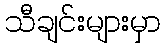
သီချင်းများမှာ